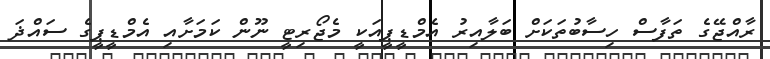
ރާއްޖޭގެ ތަފާސް ހިސާބުތަކަށް ބަލާއިރު އެމްޑީޕީއަކީ މެޖޯރިޓީ ނޫން ކަމަށާއި އެމްޑީޕީގެ ސައްޛަ